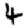
Digit: 4